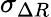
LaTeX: \sigma_{\Delta R}